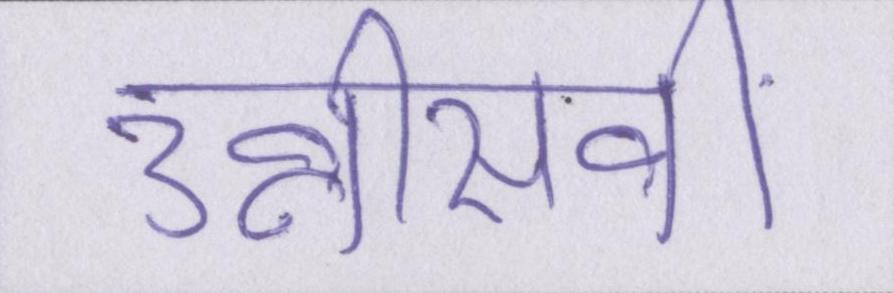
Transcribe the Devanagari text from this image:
उन्नीसवीं